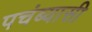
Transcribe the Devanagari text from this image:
पचंब्यासी